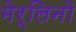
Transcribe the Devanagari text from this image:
मेर्लिनो